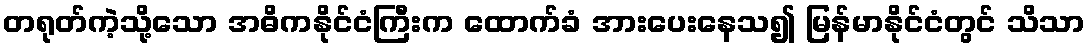
တရုတ်ကဲ့သို့သော အဓိကနိုင်ငံကြီးက ထောက်ခံ အားပေးနေသ၍ မြန်မာနိုင်ငံတွင် သိသာ